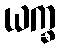
ယက္ခ